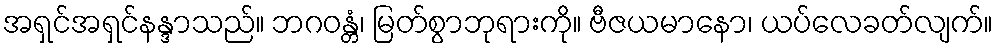
အရှင်အရှင်နန္ဒာသည်။ ဘဂဝန္တံ၊ မြတ်စွာဘုရားကို။ ဗီဇယမာနော၊ ယပ်လေခတ်လျက်။